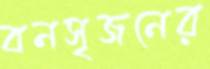
বনসৃজনের